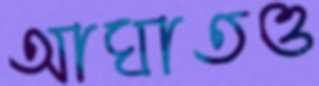
আঘাতও